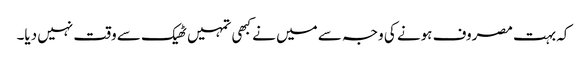
کہ بہت مصروف ہونے کی وجہ سے میں نے کبھی تمہیں ٹھیک سے وقت نہیں دیا۔